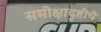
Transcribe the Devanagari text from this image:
समीक्षादृष्टीचे